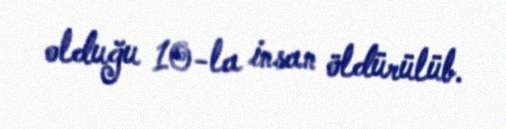
olduğu 10-la insan öldürülüb.